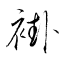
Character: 褂